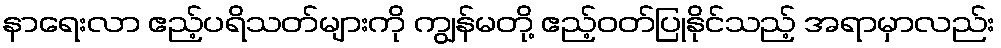
နာရေးလာ ဧည့်ပရိသတ်များကို ကျွန်မတို့ ဧည့်ဝတ်ပြုနိုင်သည့် အရာမှာလည်း